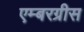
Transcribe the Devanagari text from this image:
एम्बरग्रीस